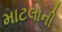
માટલાની